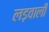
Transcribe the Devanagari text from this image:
लड़वाली